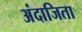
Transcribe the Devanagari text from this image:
अंदाजिता